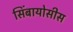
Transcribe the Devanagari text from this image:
सिंबायोसीस